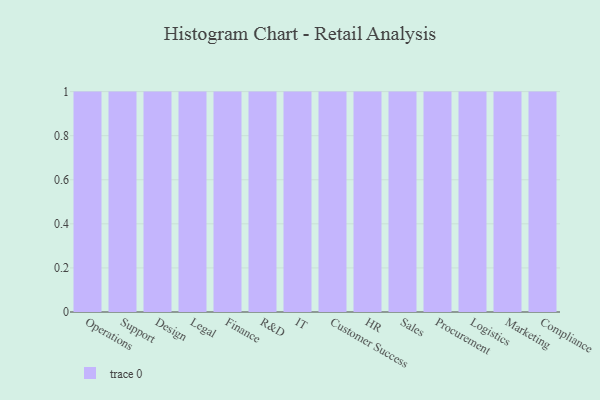
{"axis": {"x": "Department", "y": "LTV (USD)"}, "legend": [""], "data": [{"x": "Operations", "y": 88, "type": ""}, {"x": "Support", "y": 79, "type": ""}, {"x": "Design", "y": 9, "type": ""}, {"x": "Legal", "y": 64, "type": ""}, {"x": "Finance", "y": 71, "type": ""}, {"x": "R&D", "y": 48, "type": ""}, {"x": "IT", "y": 20, "type": ""}, {"x": "Customer Success", "y": 84, "type": ""}, {"x": "HR", "y": 36, "type": ""}, {"x": "Sales", "y": 39, "type": ""}, {"x": "Procurement", "y": 69, "type": ""}, {"x": "Logistics", "y": 14, "type": ""}, {"x": "Marketing", "y": 43, "type": ""}, {"x": "Compliance", "y": 38, "type": ""}]}